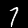
Label: 7